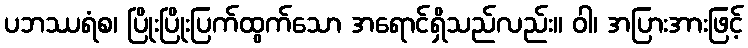
ပဘဿရံစ၊ ပြိုးပြိုးပြက်ထွက်သော အရောင်ရှိသည်လည်း။ ဝါ၊ အပြားအားဖြင့်